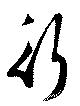
行